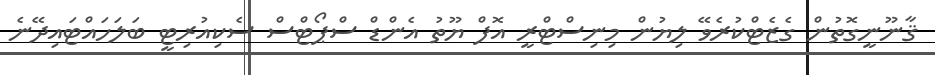
ޤާނޫނީގޮތުން ގެޒެޓްކުރެވޭ ލިޔުން މިނިސްޓްރީ އޮފް ޔޫތު އެންޑް ސްޕޯޓްސް ސެކިއުރިޓީ ބަލަހައްޓައިދޭނެ